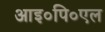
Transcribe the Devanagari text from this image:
आइ०पि०एल